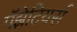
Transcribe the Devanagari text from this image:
गॅझेटियर्स